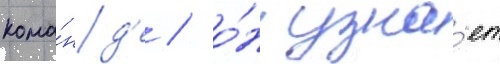
кома́нд'е / о́н узна́ет